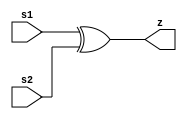
// Verilog code in Dataflow style
module two_way_switch(
    input s1, s2, // Define two Inputs pins
    output z      // Define one output pin
);

assign z = (s1^s2); //XOR the 2 input pins(s1,s2) and assign

endmodule